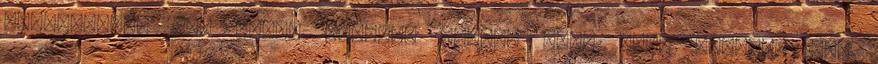
vadászatból nem tudna tanulni semmit sem. Kell valaki, aki